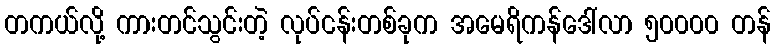
တကယ်လို့ ကားတင်သွင်းတဲ့ လုပ်ငန်းတစ်ခုက အမေရိကန်ဒေါ်လာ ၅၀၀၀၀ တန်